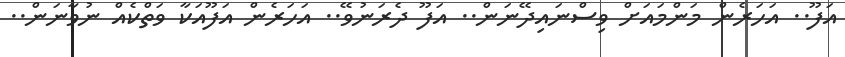
އަފޫ.. އަހަރެން މަންމައަށް ވިސްނައިދޭނަން.. އަފޫ ދެރަނުވޭ.. އަހަރެން އަފޫއަކާ ވަތްކެއް ނުވާނަން..